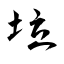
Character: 垃